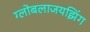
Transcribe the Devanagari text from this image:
ग्लोबलाजयझिंग